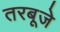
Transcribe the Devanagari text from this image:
तरबूजे